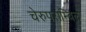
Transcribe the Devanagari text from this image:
चेरुपराम्बिल